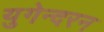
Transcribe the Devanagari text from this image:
युगेन्दरन